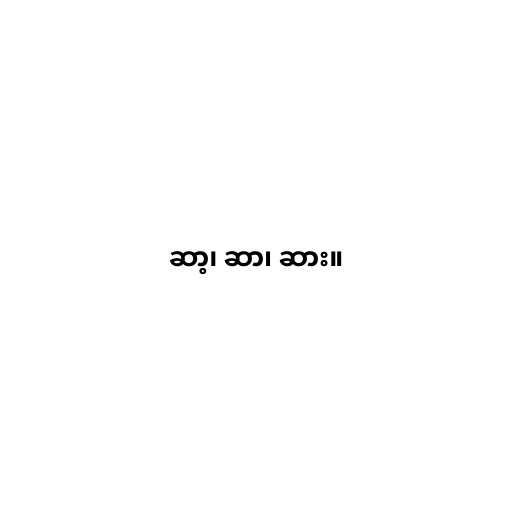
ဆာ့၊ ဆာ၊ ဆား။